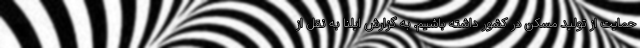
حمایت از تولید مسکن در کشور داشته باشیم. به گزارش ایلنا به نقل از